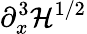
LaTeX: \partial_{x}^{3}\mathcal{H}^{1/2}